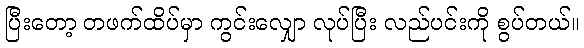
ပြီးတော့ တဖက်ထိပ်မှာ ကွင်းလျှော လုပ်ပြီး လည်ပင်းကို စွပ်တယ်။